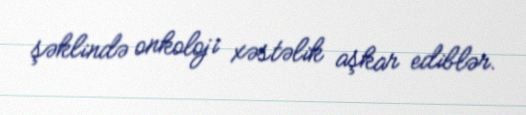
şəklində onkoloji xəstəlik aşkar ediblər.